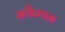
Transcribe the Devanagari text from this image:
सर्वेप्रथम